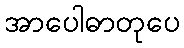
အာပေါဓာတုပေ